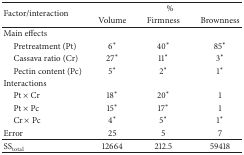
| <ROWSPAN=2> Factor/interaction | <COLSPAN=3> % |
 | Volume | Firmness | Brownness |
 | --- | --- | --- | --- |
 | Main effects |  |  |  |
 | Pretreatment (Pt) | 6∗ | 40∗ | 85∗ |
 | Cassava ratio (Cr) | 27∗ | 11∗ | 3∗ |
 | Pectin content (Pc) | 5∗ | 2∗ | 1∗ |
 | Interactions |  |  |  |
 | Pt × Cr | 18∗ | 20∗ | 1 |
 | Pt × Pc | 15∗ | 17∗ | 1 |
 | Cr × Pc | 4∗ | 5∗ | 1∗ |
 | Error | 25 | 5 | 7 |
 | SStotal | 12664 | 212.5 | 59418 |